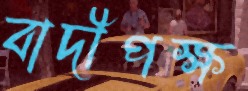
বাদীপক্ষ